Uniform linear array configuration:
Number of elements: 48
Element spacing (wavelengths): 0.25
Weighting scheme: uniform
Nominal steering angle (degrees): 15
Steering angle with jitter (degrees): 13.339
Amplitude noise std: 0.05
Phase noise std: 0.05

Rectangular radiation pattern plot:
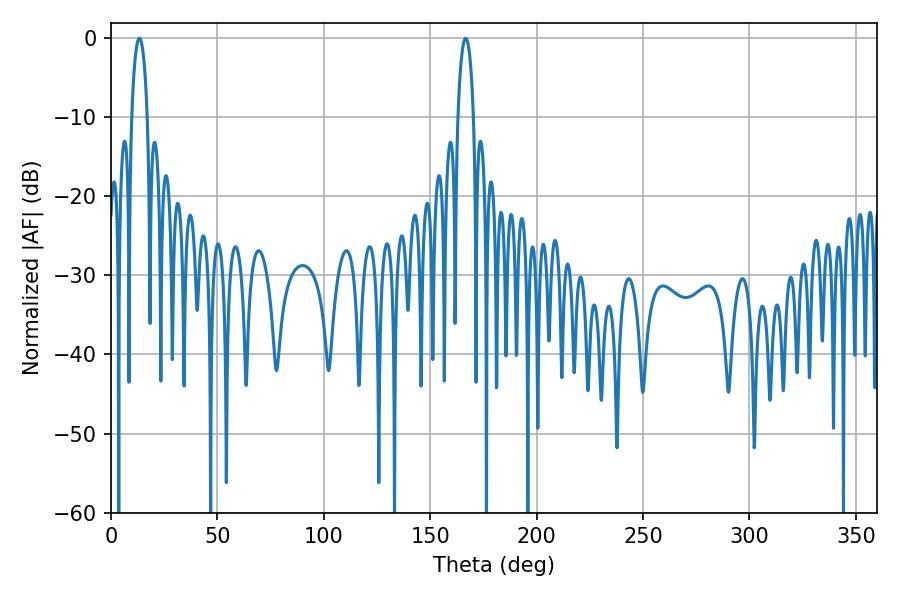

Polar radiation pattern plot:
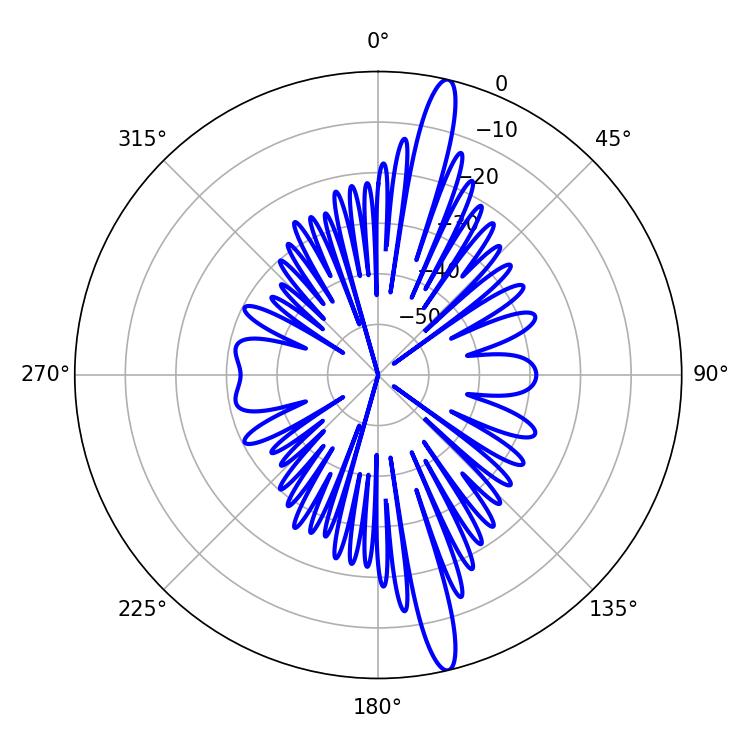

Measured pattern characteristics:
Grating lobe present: FALSE
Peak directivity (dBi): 17.037
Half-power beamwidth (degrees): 4.14
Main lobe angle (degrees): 166.68